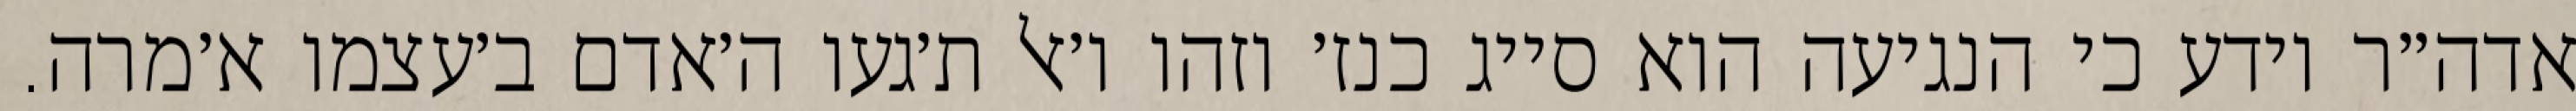
אדה״ר יודע כי הנגיעה הוא סייג כנז׳ וזהו ו׳אל ת׳געו ה׳אדם ב׳עצמו א׳מרה.